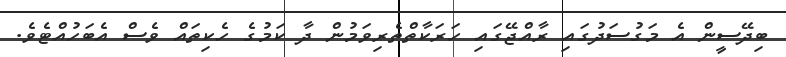
ބިދޭސީން އެ މަގުސަދުގައި ރާއްޖޭގައި ހަރަކާތްތެރިވަމުން ދާ ކަމުގެ ހެކިތައް ވެސް އެބަހުއްޓެވެ.